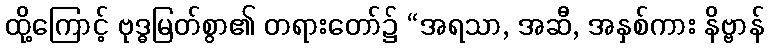
ထို့ကြောင့် ဗုဒ္ဓမြတ်စွာ၏ တရားတော်၌ “အရသာ, အဆီ, အနှစ်ကား နိဗ္ဗာန်